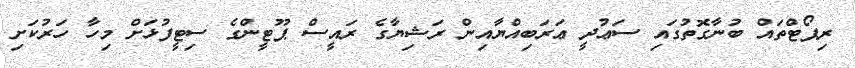
ރިޕޯޓްތައް ބުނާގޮތުގައި ސަޢުދީ ޢަރަބިއްޔާއިން ރަޝިޔާގެ ރައީސް ޕޫޓީންގެ ސިޓީފުޅަށް މިހާ ހަރުކަށި